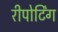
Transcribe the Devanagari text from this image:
रीपोर्टिंग